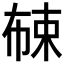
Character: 𱣦